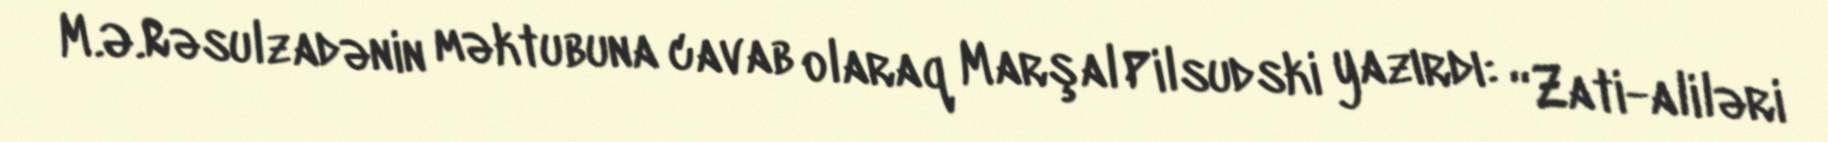
M.Ə.Rəsulzadənin məktubuna cavab olaraq Marşal Pilsudski yazırdı: “Zati-aliləri